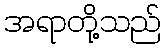
အရာတို့သည်